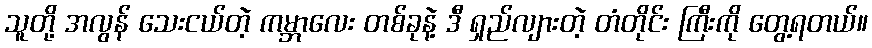
သူတို့ အလွန် သေးငယ်တဲ့ ကမ္ဘာလေး တစ်ခုနဲ့ ဒီ ရှည်လျားတဲ့ တံတိုင်း ကြီးကို တွေ့ရတယ်။